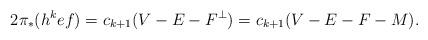
LaTeX: \begin{align*} 2\pi_*(h^k ef)= c_{k+1}(V-E-F^\perp) = c_{k+1}(V-E-F-M).\end{align*}